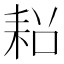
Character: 𮋧